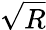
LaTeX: \sqrt{R}